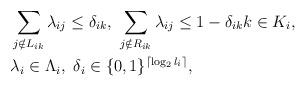
LaTeX: \begin{align*}\begin{aligned}&\sum_{j \notin L_{ik}}\lambda_{ij} \leq \delta_{ik},\ \sum_{j \notin R_{ik}} \lambda_{ij} \leq 1- \delta_{ik} k \in K_i,\\&\lambda_i \in \Lambda_i,\ \delta_i \in \{0,1\}^{\lceil \log_2l_i \rceil},\end{aligned}\end{align*}